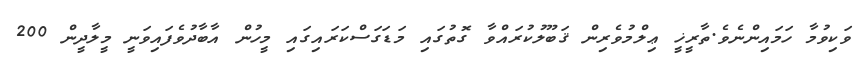
ވަކިވުމާ ހަމައިންނެވެ.ތާރީޚީ ޢިލްމުވެރިން ޤަބޫލުކުރައްވާ ގޮތުގައި މަޑަގަސްކަރައިގައި މީހުން އާބާދުވެފައިވަނީ މީލާދީން 200